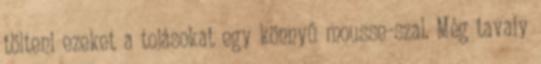
tölteni ezeket a tojásokat egy könnyű mousse-szal. Még tavaly